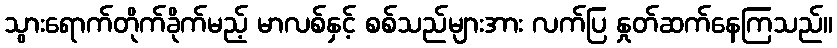
သွားရောက်တိုက်ခိုက်မည့် မာလစ်နှင့် စစ်သည်များအား လက်ပြ နှုတ်ဆက်နေကြသည်။